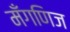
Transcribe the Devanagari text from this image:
मँगणिज